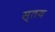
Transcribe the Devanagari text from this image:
स्तय